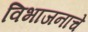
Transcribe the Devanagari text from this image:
विभाजनाचे